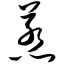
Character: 惹